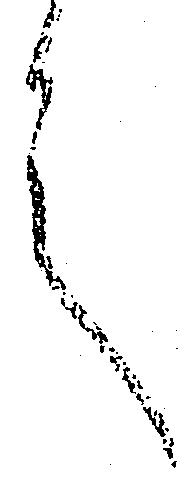
言